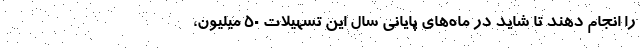
را انجام دهند تا شاید در ماه‌های پایانی سال این تسهیلات ۵۰ میلیون،